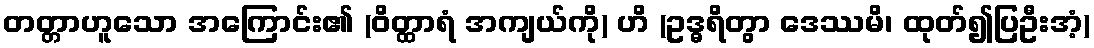
တတ္တာဟူသော အကြောင်း၏ (ဝိတ္ထာရံ အကျယ်ကို) ဟိ (ဥဒ္ဓရိတွာ ဒေဿမိ၊ ထုတ်၍ပြဦးအံ့)